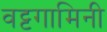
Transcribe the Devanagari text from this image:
वट्टगामिनी